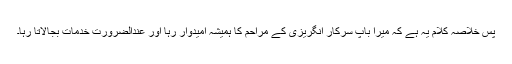
پس خلاصہ کلام یہ ہے کہ میرا باپ سرکار انگریزی کے مراحم کا ہمیشہ امیدوار رہا اور عندالضرورت خدمات بجالاتا رہا۔